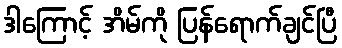
ဒါကြောင့် အိမ်ကို ပြန်ရောက်ချင်ပြီ